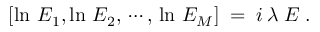
[ \ln \, E _ { 1 } , \ln \, E _ { 2 } , \, \cdots , \, \ln \, E _ { M } ] \; = \; i \, \lambda \; E \; .